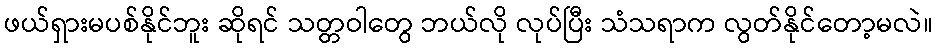
ဖယ်ရှားမပစ်နိုင်ဘူး ဆိုရင် သတ္တဝါတွေ ဘယ်လို လုပ်ပြီး သံသရာက လွတ်နိုင်တော့မလဲ။